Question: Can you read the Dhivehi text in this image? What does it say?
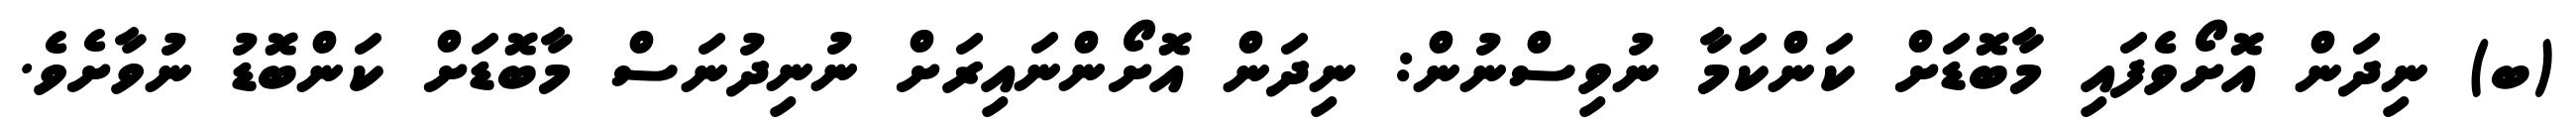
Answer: (ބ) ނިދަން އޮށޯވެފައި މާބޮޑަށް ކަންކަމާ ނުވިސްނުން: ނިދަން އޮށޯންނައިރަށް ނުނިދުނަސް މާބޮޑަށް ކަންބޮޑު ނުވާށެވެ.